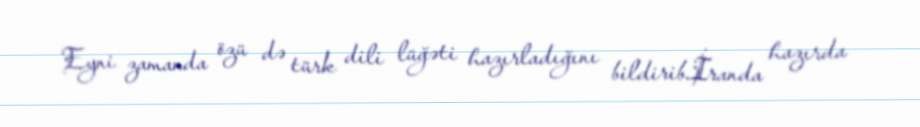
Eyni zamanda özü də türk dili lüğəti hazırladığını bildirib.İranda hazırda